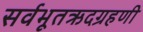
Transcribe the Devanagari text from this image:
सर्वभूतऋदग्रहणी